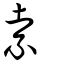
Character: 索